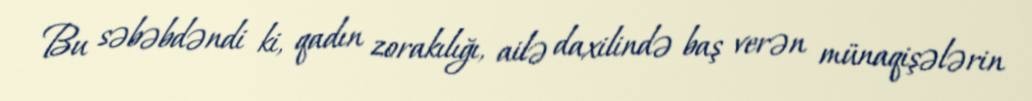
Bu səbəbdəndi ki, qadın zorakılığı, ailə daxilində baş verən münaqişələrin